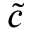
\tilde { c }